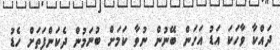
ދައްކާ ވާހަކަ އަޑު އަހަން ބޭނުން ނުވާ ކަމަށް ބުނަމުން ދެކަންފަތަށް ހެޑު